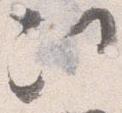
次